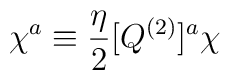
\chi^a \equiv {\eta \over 2} [Q^{(2)}]^a \chi